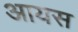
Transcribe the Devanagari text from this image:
आयस